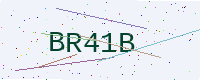
Text: BR41B